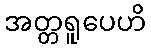
အတ္တရူပေဟိ